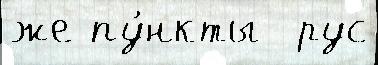
же пу́нкты  рус